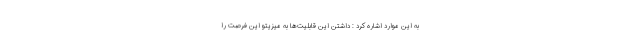
به این موارد اشاره کرد : داشتن این قابلیت‌ها به میزیتو این فرصت را